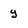
Character: y